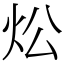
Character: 炂